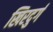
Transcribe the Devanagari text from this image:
खिरदुर्ग